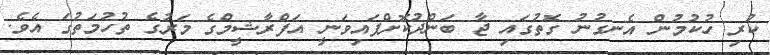
ކުރި ހުކުމުން އެނގުނު ގޮތުގައި ޖާ ބަންދުކޮށްފައިވަނީ އަފްރާޝީމްގެ މަރުގެ ތުހުމަތުގަ އެވެ.